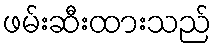
ဖမ်းဆီးထားသည်